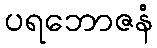
ပရဘောဇနံ